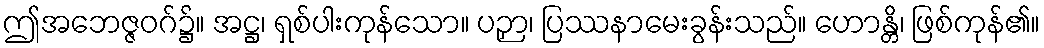
ဤအဘေဇ္ဇဝဂ်၌။ အဋ္ဌ၊ ရှစ်ပါးကုန်သော။ ပဉှာ၊ ပြဿနာမေးခွန်းသည်။ ဟောန္တိ၊ ဖြစ်ကုန်၏။